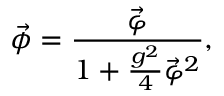
\vec { \phi } = \frac { \vec { \varphi } } { 1 + \frac { g ^ { 2 } } { 4 } { \vec { \varphi } } ^ { 2 } } ,